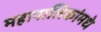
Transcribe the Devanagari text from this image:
महापालिकांमधे